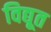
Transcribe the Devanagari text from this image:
विद्यूत